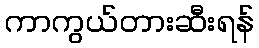
ကာကွယ်တားဆီးရန်